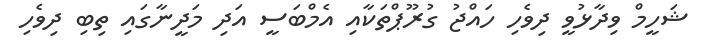
ޝަހީމް ވިދާޅުވީ ދިވެހި ހައްޖު ގުރޫޕްތަކާއި އެމްބަސީ އަދި މަދީނާގައި ތިބި ދިވެހި